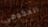
الحكومي